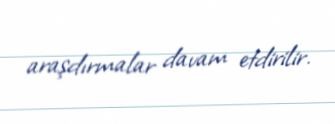
araşdırmalar davam etdirilir.